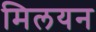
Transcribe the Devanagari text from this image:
मिलयन